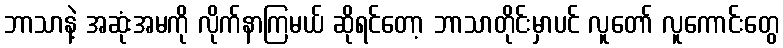
ဘာသာနဲ့ အဆုံးအမကို လိုက်နာကြမယ် ဆိုရင်တော့ ဘာသာတိုင်းမှာပင် လူတော် လူကောင်းတွေ